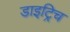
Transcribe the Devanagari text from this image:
डाइट्रिच